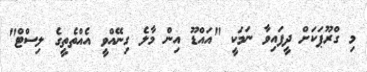
މި ގްރޫޕަކަށް ދީފައިވާ ނަމަކީ "އައްޑޫ އިން މާލެ ގިނޭއްވީ އެއްތެތީގެ ލިސްޓް"